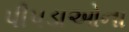
પીપડાઓના